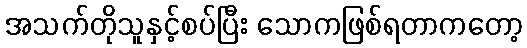
အသက်တိုသူနှင့်စပ်ပြီး သောကဖြစ်ရတာကတော့